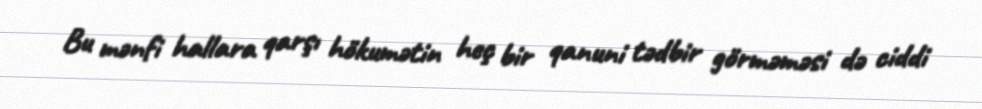
Bu mənfi hallara qarşı hökumətin heç bir qanuni tədbir görməməsi də ciddi